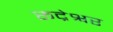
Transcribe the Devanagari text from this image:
रूद्रेश्वर